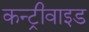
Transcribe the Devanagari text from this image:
कन्ट्रीवाइड